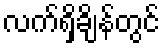
လက်ရှိချိန်တွင်